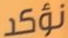
نؤكد